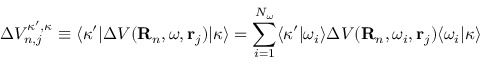
\Delta V _ { n , j } ^ { \kappa ^ { \prime } , \kappa } \equiv \langle \kappa ^ { \prime } | \Delta V ( { \bf R } _ { n } , \omega , { \bf r } _ { j } ) | \kappa \rangle = \sum _ { i = 1 } ^ { N _ { \omega } } \langle \kappa ^ { \prime } | \omega _ { i } \rangle \Delta V ( { \bf R } _ { n } , \omega _ { i } , { \bf r } _ { j } ) \langle \omega _ { i } | \kappa \rangle